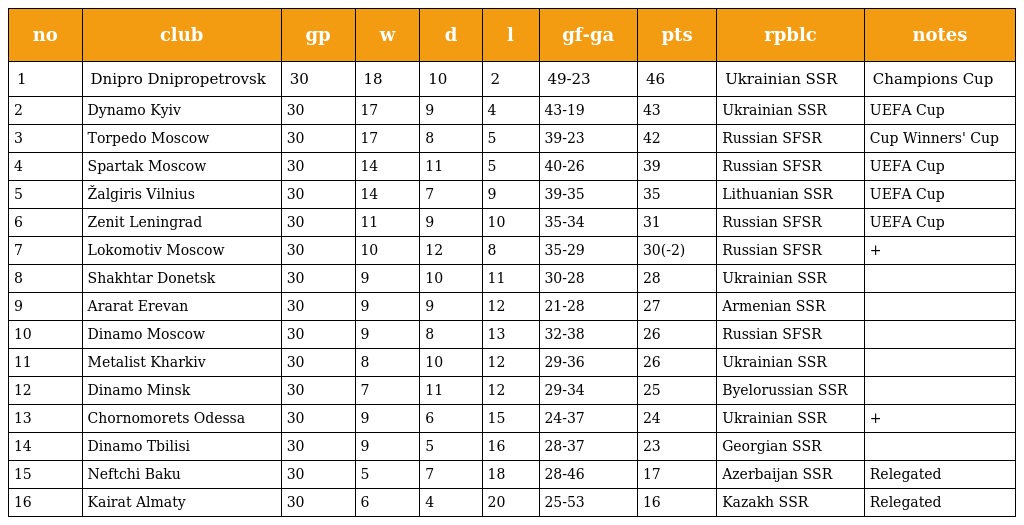
| no | club | gp | w | d | l | gf-ga | pts | rpblc | notes |
 | --- | --- | --- | --- | --- | --- | --- | --- | --- | --- |
 | 1 | Dnipro Dnipropetrovsk | 30 | 18 | 10 | 2 | 49-23 | 46 | Ukrainian SSR | Champions Cup |
 | 2 | Dynamo Kyiv | 30 | 17 | 9 | 4 | 43-19 | 43 | Ukrainian SSR | UEFA Cup |
 | 3 | Torpedo Moscow | 30 | 17 | 8 | 5 | 39-23 | 42 | Russian SFSR | Cup Winners' Cup |
 | 4 | Spartak Moscow | 30 | 14 | 11 | 5 | 40-26 | 39 | Russian SFSR | UEFA Cup |
 | 5 | Žalgiris Vilnius | 30 | 14 | 7 | 9 | 39-35 | 35 | Lithuanian SSR | UEFA Cup |
 | 6 | Zenit Leningrad | 30 | 11 | 9 | 10 | 35-34 | 31 | Russian SFSR | UEFA Cup |
 | 7 | Lokomotiv Moscow | 30 | 10 | 12 | 8 | 35-29 | 30(-2) | Russian SFSR | + |
 | 8 | Shakhtar Donetsk | 30 | 9 | 10 | 11 | 30-28 | 28 | Ukrainian SSR |  |
 | 9 | Ararat Erevan | 30 | 9 | 9 | 12 | 21-28 | 27 | Armenian SSR |  |
 | 10 | Dinamo Moscow | 30 | 9 | 8 | 13 | 32-38 | 26 | Russian SFSR |  |
 | 11 | Metalist Kharkiv | 30 | 8 | 10 | 12 | 29-36 | 26 | Ukrainian SSR |  |
 | 12 | Dinamo Minsk | 30 | 7 | 11 | 12 | 29-34 | 25 | Byelorussian SSR |  |
 | 13 | Chornomorets Odessa | 30 | 9 | 6 | 15 | 24-37 | 24 | Ukrainian SSR | + |
 | 14 | Dinamo Tbilisi | 30 | 9 | 5 | 16 | 28-37 | 23 | Georgian SSR |  |
 | 15 | Neftchi Baku | 30 | 5 | 7 | 18 | 28-46 | 17 | Azerbaijan SSR | Relegated |
 | 16 | Kairat Almaty | 30 | 6 | 4 | 20 | 25-53 | 16 | Kazakh SSR | Relegated |